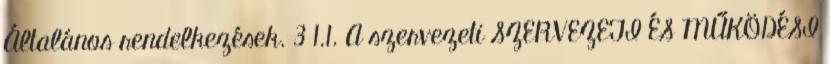
Általános rendelkezések. 3 1.1. A szervezeti SZERVEZETI ÉS MŰKÖDÉSI